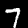
Label: 7